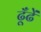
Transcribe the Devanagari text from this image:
ढूँढें